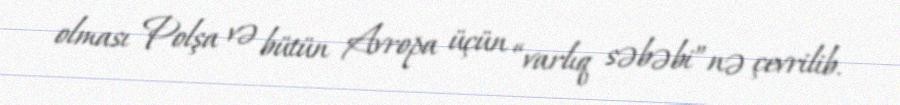
olması Polşa və bütün Avropa üçün “varlıq səbəbi”nə çevrilib.